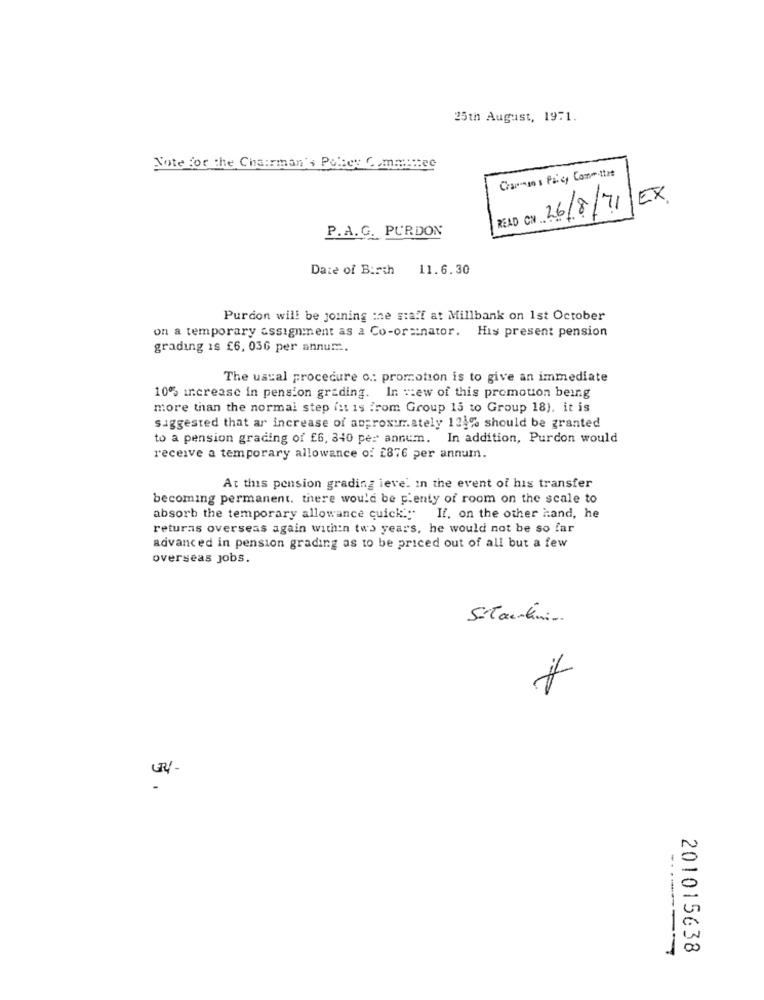
25th August, 1971.
Note for the Chairman's Policy (. mannice
Charman s Paley Committee
EX.
26/8/71
READ CON.
P.A.G. PURDON
Date of Birth
11.6.30
Purcon will be joining the staff at Millbank on 1st October
on a temporary assignment as a Co-orsinator. His present pension
grading 1s £6, 036 per annum.
The usual procedure o .: promotion is to give an immediate
10% increase in pension grading. In view of this promouon being
more than the normal step (it is from Group 15 to Group 18), it is
suggested that ar increase of approxur.ately 1247. should be granted
to a pension grading of £6, 340 per annum. In addition, Purdon would
receive a temporary allowance o: 2876 per annum.
At this pension grading leve. in the event of his transfer
becoming permanent. there would be plenty of room on the scale to
absorb the temporary allowance quick
If. on the other hand, he
returas overseas again within two years, he would not be so far
advanced in pension grading as to be priced out of all but a few
overseas jobs.
Sitantini
5
--------
201015638